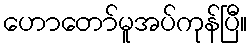
ဟောတော်မူအပ်ကုန်ပြီ။